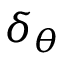
\delta _ { \theta }